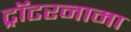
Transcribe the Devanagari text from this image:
ट्रॉटरनामा